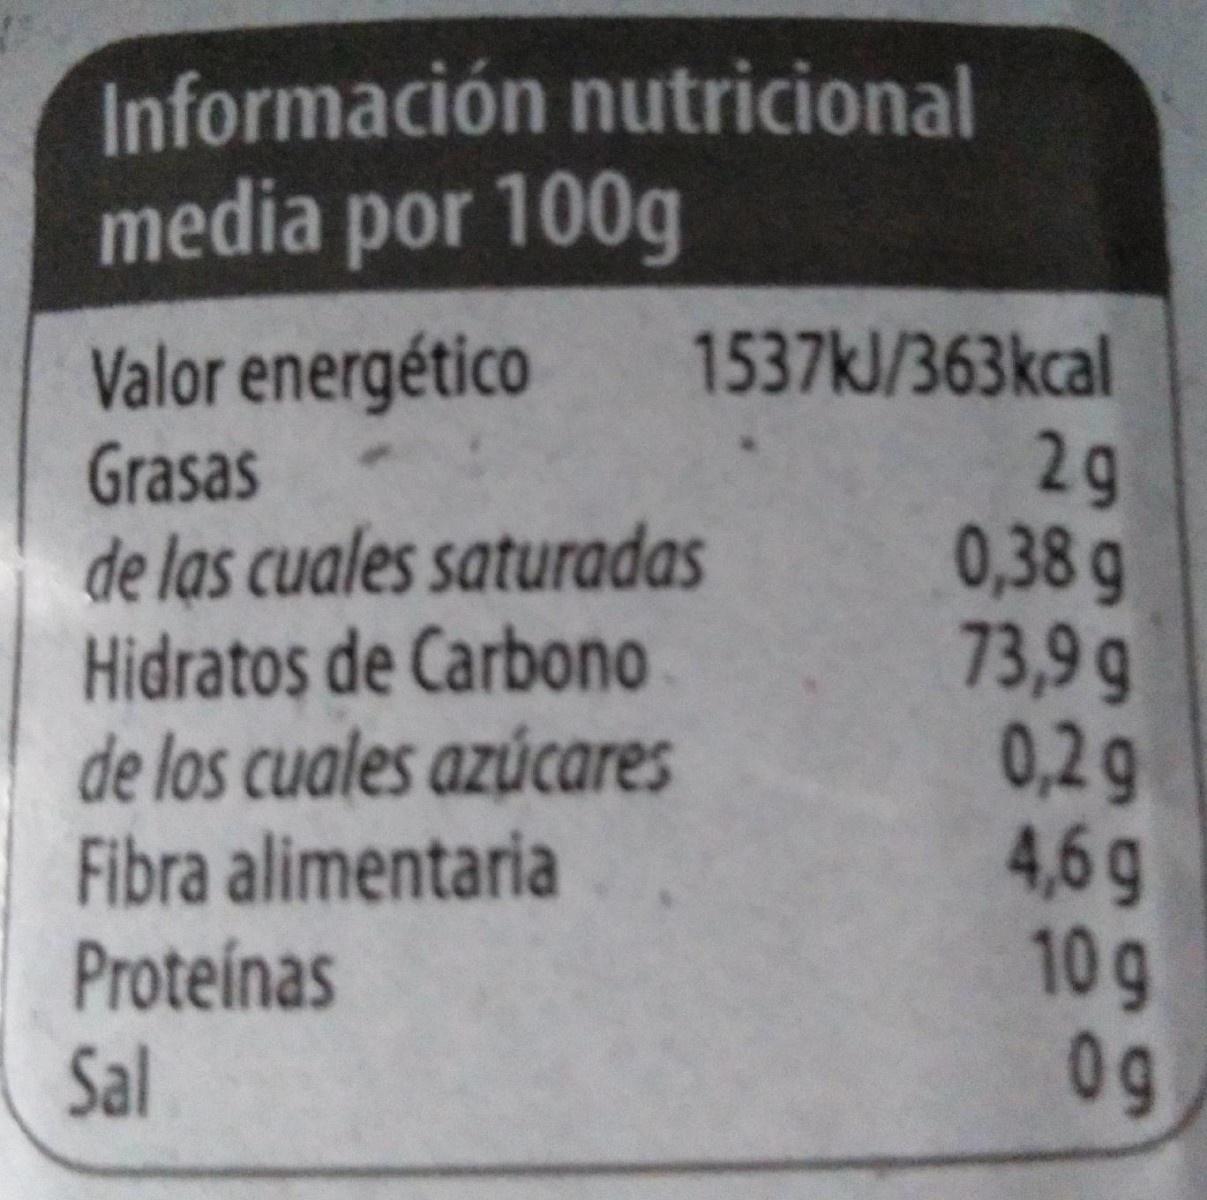
Información nutricional media por 100g
1537kl/363kcal
Valor energético Grasas de las cuales saturadas Hidratos de Carbono de los cuales azúcares Fibra alimentaria Proteínas Sal
2g 0,38 g 73,9g 0,2 g 4,6g 10g 0g